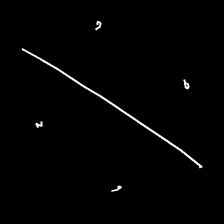
Glyph: cool